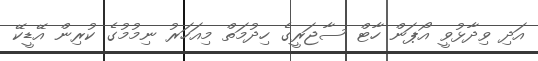
އަދި ވިދާޅުވީ އޯޕަން ހާޓް ސާޖަރީގެ ހިދުމަތް މިއަހަރު ނިމުމުގެ ކުރިން އޭޑީކޭ